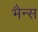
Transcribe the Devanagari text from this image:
भैन्स